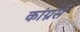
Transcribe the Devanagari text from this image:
कांग्नर्स